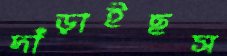
দাঁড়াইছস